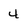
Character: 4